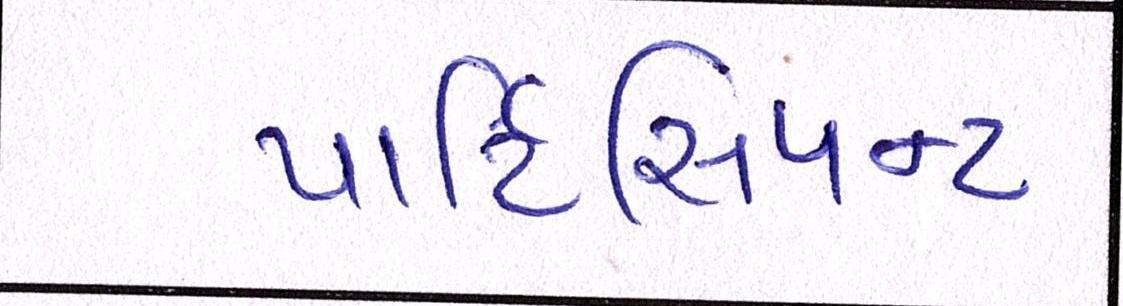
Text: પાર્ટિસિપન્ટ